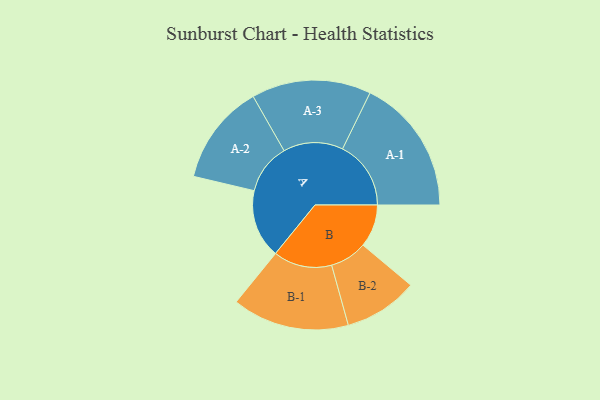
{"axis": {"x": "Segment", "y": "Value"}, "legend": ["", "A", "B"], "data": [{"x": "A", "y": 278, "type": ""}, {"x": "B", "y": 173, "type": ""}, {"x": "A-1", "y": 277, "type": "A"}, {"x": "A-2", "y": 204, "type": "A"}, {"x": "A-3", "y": 242, "type": "A"}, {"x": "B-1", "y": 237, "type": "B"}, {"x": "B-2", "y": 150, "type": "B"}]}